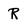
Character: R